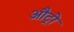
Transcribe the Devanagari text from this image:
औट्रो